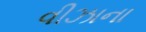
વીઝાના